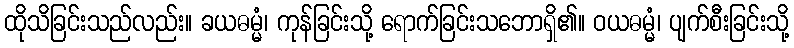
ထိုသိခြင်းသည်လည်း။ ခယဓမ္မံ၊ ကုန်ခြင်းသို့ ရောက်ခြင်းသဘောရှိ၏။ ဝယဓမ္မံ၊ ပျက်စီးခြင်းသို့